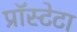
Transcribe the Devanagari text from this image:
प्रॉस्टेटा